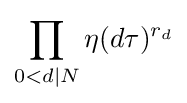
\prod _{0<d\mid N}\eta (d\tau )^{r_{d}}